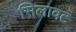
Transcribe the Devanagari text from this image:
सिलावट